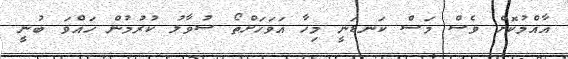
އާއްމުކޮށް ވެސް މަސް ކަނޑަނީ މިހާ އަވަހަށްތޯ ސުވާލު ކުރުމުން ހައްވަ ބުނީ